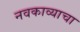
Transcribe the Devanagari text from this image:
नवकाव्याचा